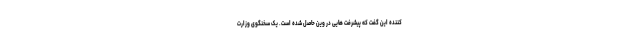
کننده این گفت که پیشرفت هایی در وین حاصل شده است. یک سخنگوی وزارت